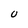
Character: U